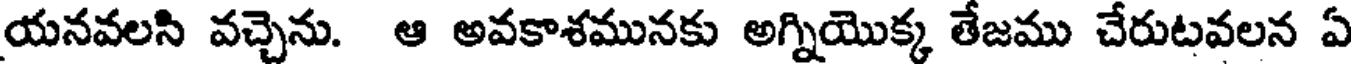
యనవలసి వచ్చెను. ఆ అవకాశమునకు అగ్నియొక్క తేజము చేరుటవలన ఏ